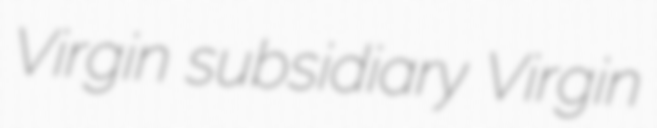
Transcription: Virgin subsidiary Virgin